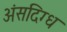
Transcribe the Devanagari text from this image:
अंसदिग्ध